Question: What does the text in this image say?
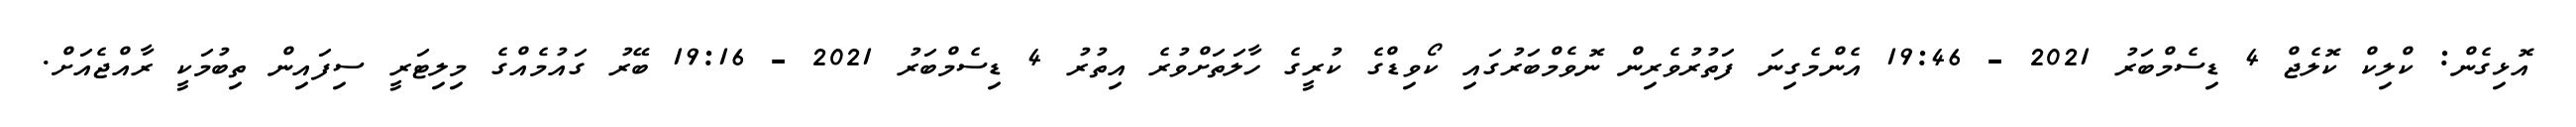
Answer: އޮޅިގެން: ކްލިކް ކޮލެޖް 4 ޑިސެމްބަރު 2021 - 19:46 އެންމެގިނަ ފަތުރުވެރިން ނޮވެމްބަރުގައި ކޯވިޑްގެ ކުރީގެ ހާލަތަށްވުރެ އިތުރު 4 ޑިސެމްބަރު 2021 - 19:16 ބޭރު ގައުމެއްގެ މިލިޓަރީ ސިފައިން ތިބުމަކީ ރާއްޖެއަށް.